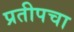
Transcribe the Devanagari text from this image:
प्रतीपचा